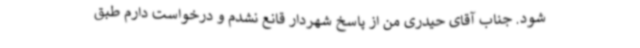
شود. جناب آقای حیدری من از پاسخ شهردار قانع نشدم و درخواست دارم طبق